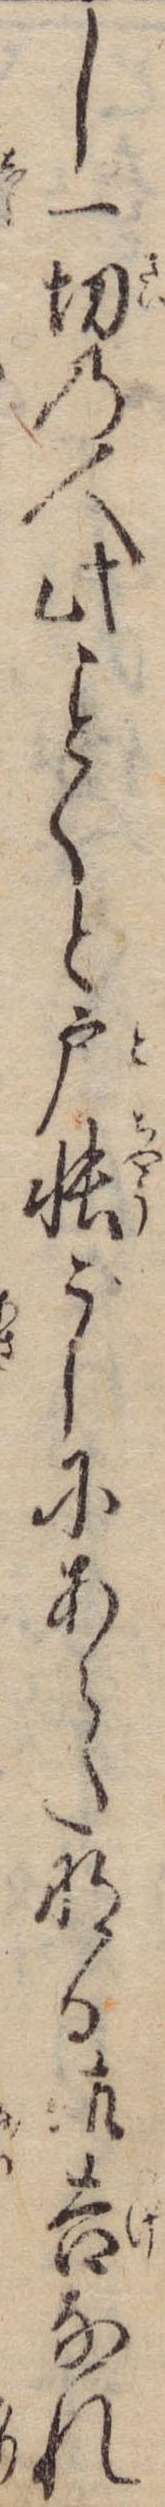
し一切の人此くと戸帳こしにあらたなる御告なれ